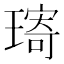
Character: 𤨥